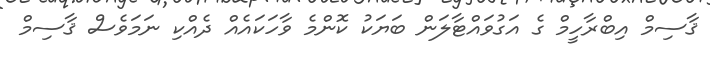
ޤާސިމް އިބްރާހީމް ގެ އަގުވައްޓާލަން ބަޔަކު ކޮންމެ ވާހަކައެއް ދެއްކި ނަމަވެސް ޤާސިމް